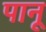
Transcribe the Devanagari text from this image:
पानू